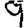
Digit: 9